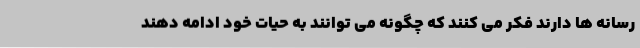
رسانه ها دارند فکر می کنند که چگونه می توانند به حیات خود ادامه دهند